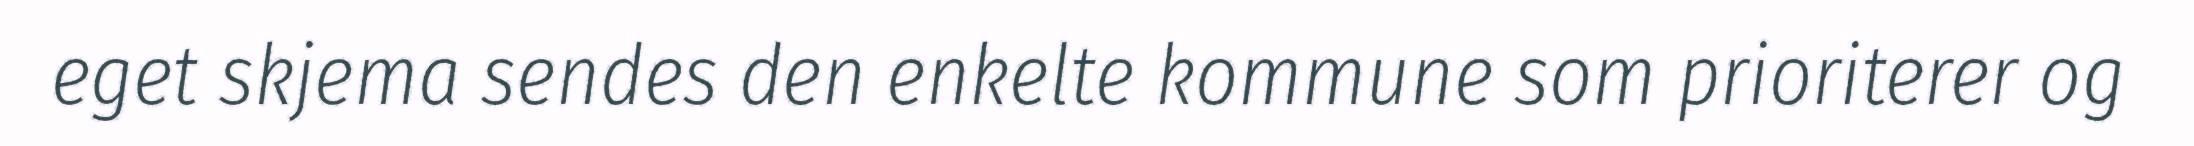
eget skjema sendes den enkelte kommune som prioriterer og